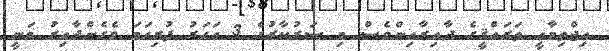
އިޖްތިމާޢީ ތަރައްޤީގެ ދާއިރާއިންވެސް މި ސަރުކާރުގެ 3 އަހަރު ފުރިހަމަ ވެގެންދާއިރު ވަނީ